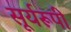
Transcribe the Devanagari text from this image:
सूर्यरूपी